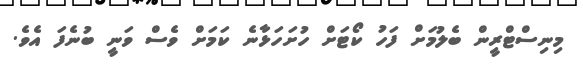
މިނިސްޓްރީން ބެލުމަށް ފަހު ކޯޓަށް ހުށަހަޅާނެ ކަމަށް ވެސް ވަނީ ބުނެފަ އެވެ.